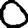
Digit: 0